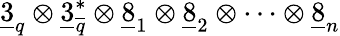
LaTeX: \underline{{{3}}}_{q}\otimes\underline{{{3}}}_{\overline{{{q}}}}^{*}\otimes\underline{{{8}}}_{1}\otimes\underline{{{8}}}_{2}\otimes\cdots\otimes\underline{{{8}}}_{n}